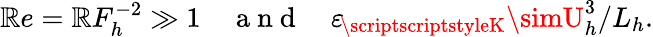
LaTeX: \mathbb{R}e=\mathcal{{\mathbb{R}}}F_{h}^{-2}\gg1~~~~\mathrm{{~a~n~d~}}~~~~{\varepsilon_{\! \scriptscriptstyleK}}\simU_{h}^{3}/L_{h}.